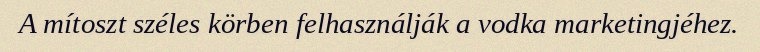
A mítoszt széles körben felhasználják a vodka marketingjéhez.